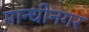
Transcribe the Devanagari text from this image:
गान्धीनगर